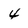
Character: 4